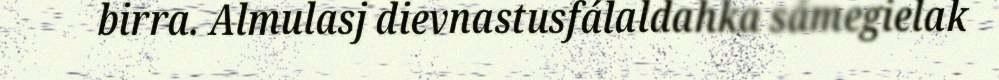
birra. Almulasj dievnastusfálaldahka sámegielak